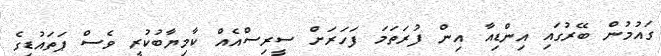
ގައުމުން ބޭރުގައި އިންޑިއާ އިން ފުރަތަމަ ފަހަރަށް ސީރިސްއެއް ކާމިޔާބުކުރީ ވެސް ޕަތައުޑީގެ